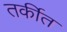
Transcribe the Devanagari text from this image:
तर्कीत